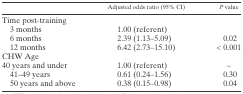
<table><thead><tr><td></td><td><b>Adjusted odds ratio (95% CI)</b></td><td><b><i>P</i> value</b></td></tr></thead><tbody><tr><td colspan="3">Time post-training</td></tr><tr><td> 3 months</td><td>1.00 (referent)</td><td></td></tr><tr><td> 6 months</td><td>2.39 (1.13–5.09)</td><td>0.02</td></tr><tr><td> 12 months</td><td>6.42 (2.73–15.10)</td><td>&lt; 0.001</td></tr><tr><td colspan="3">CHW Age</td></tr><tr><td>40 years and under</td><td>1.00 (referent)</td><td>–</td></tr><tr><td> 41–49 years</td><td>0.61 (0.24–1.56)</td><td>0.30</td></tr><tr><td> 50 years and above</td><td>0.38 (0.15–0.98)</td><td>0.04</td></tr></tbody></table>